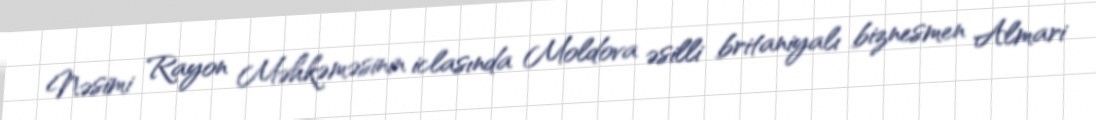
Nəsimi Rayon Məhkəməsinin iclasında Moldova əsilli britaniyalı biznesmen Almari